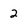
Character: 2